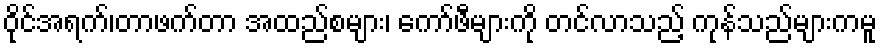
ဝိုင်အရက်၊တာဖက်တာ အထည်စများ၊ ကော်ဖီများကို တင်လာသည့် ကုန်သည်များကမူ